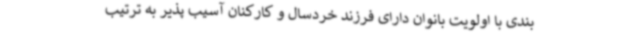
بندی با اولویت بانوان دارای فرزند خردسال و کارکنان آسیب پذیر به ترتیب